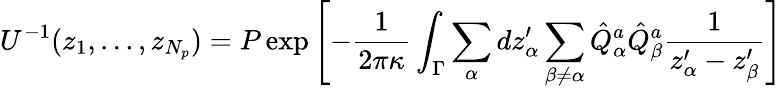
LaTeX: U^{-1}(z_{1},\dots,z_{N_{p}})=P\exp\left[-{\frac{1}{2\pi\kappa}}\int_{\Gamma}\sum_{\alpha}dz_{\alpha}^{\prime}\sum_{\beta\not=\alpha}\hat{Q}_{\alpha}^{a}\hat{Q}_{\beta}^{a}\frac{1}{z_{\alpha}^{\prime}-z_{\beta}^{\prime}}\right]